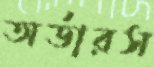
অর্ডারস